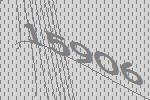
15906